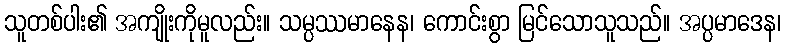
သူတစ်ပါး၏ အကျိုးကိုမူလည်း။ သမ္ပဿမာနေန၊ ကောင်းစွာ မြင်သောသူသည်။ အပ္ပမာဒေန၊